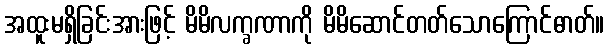
အထူးမရှိခြင်းအားဖြင့် မိမိလက္ခဏာကို မိမိဆောင်တတ်သောကြောင်ဓာတ်။